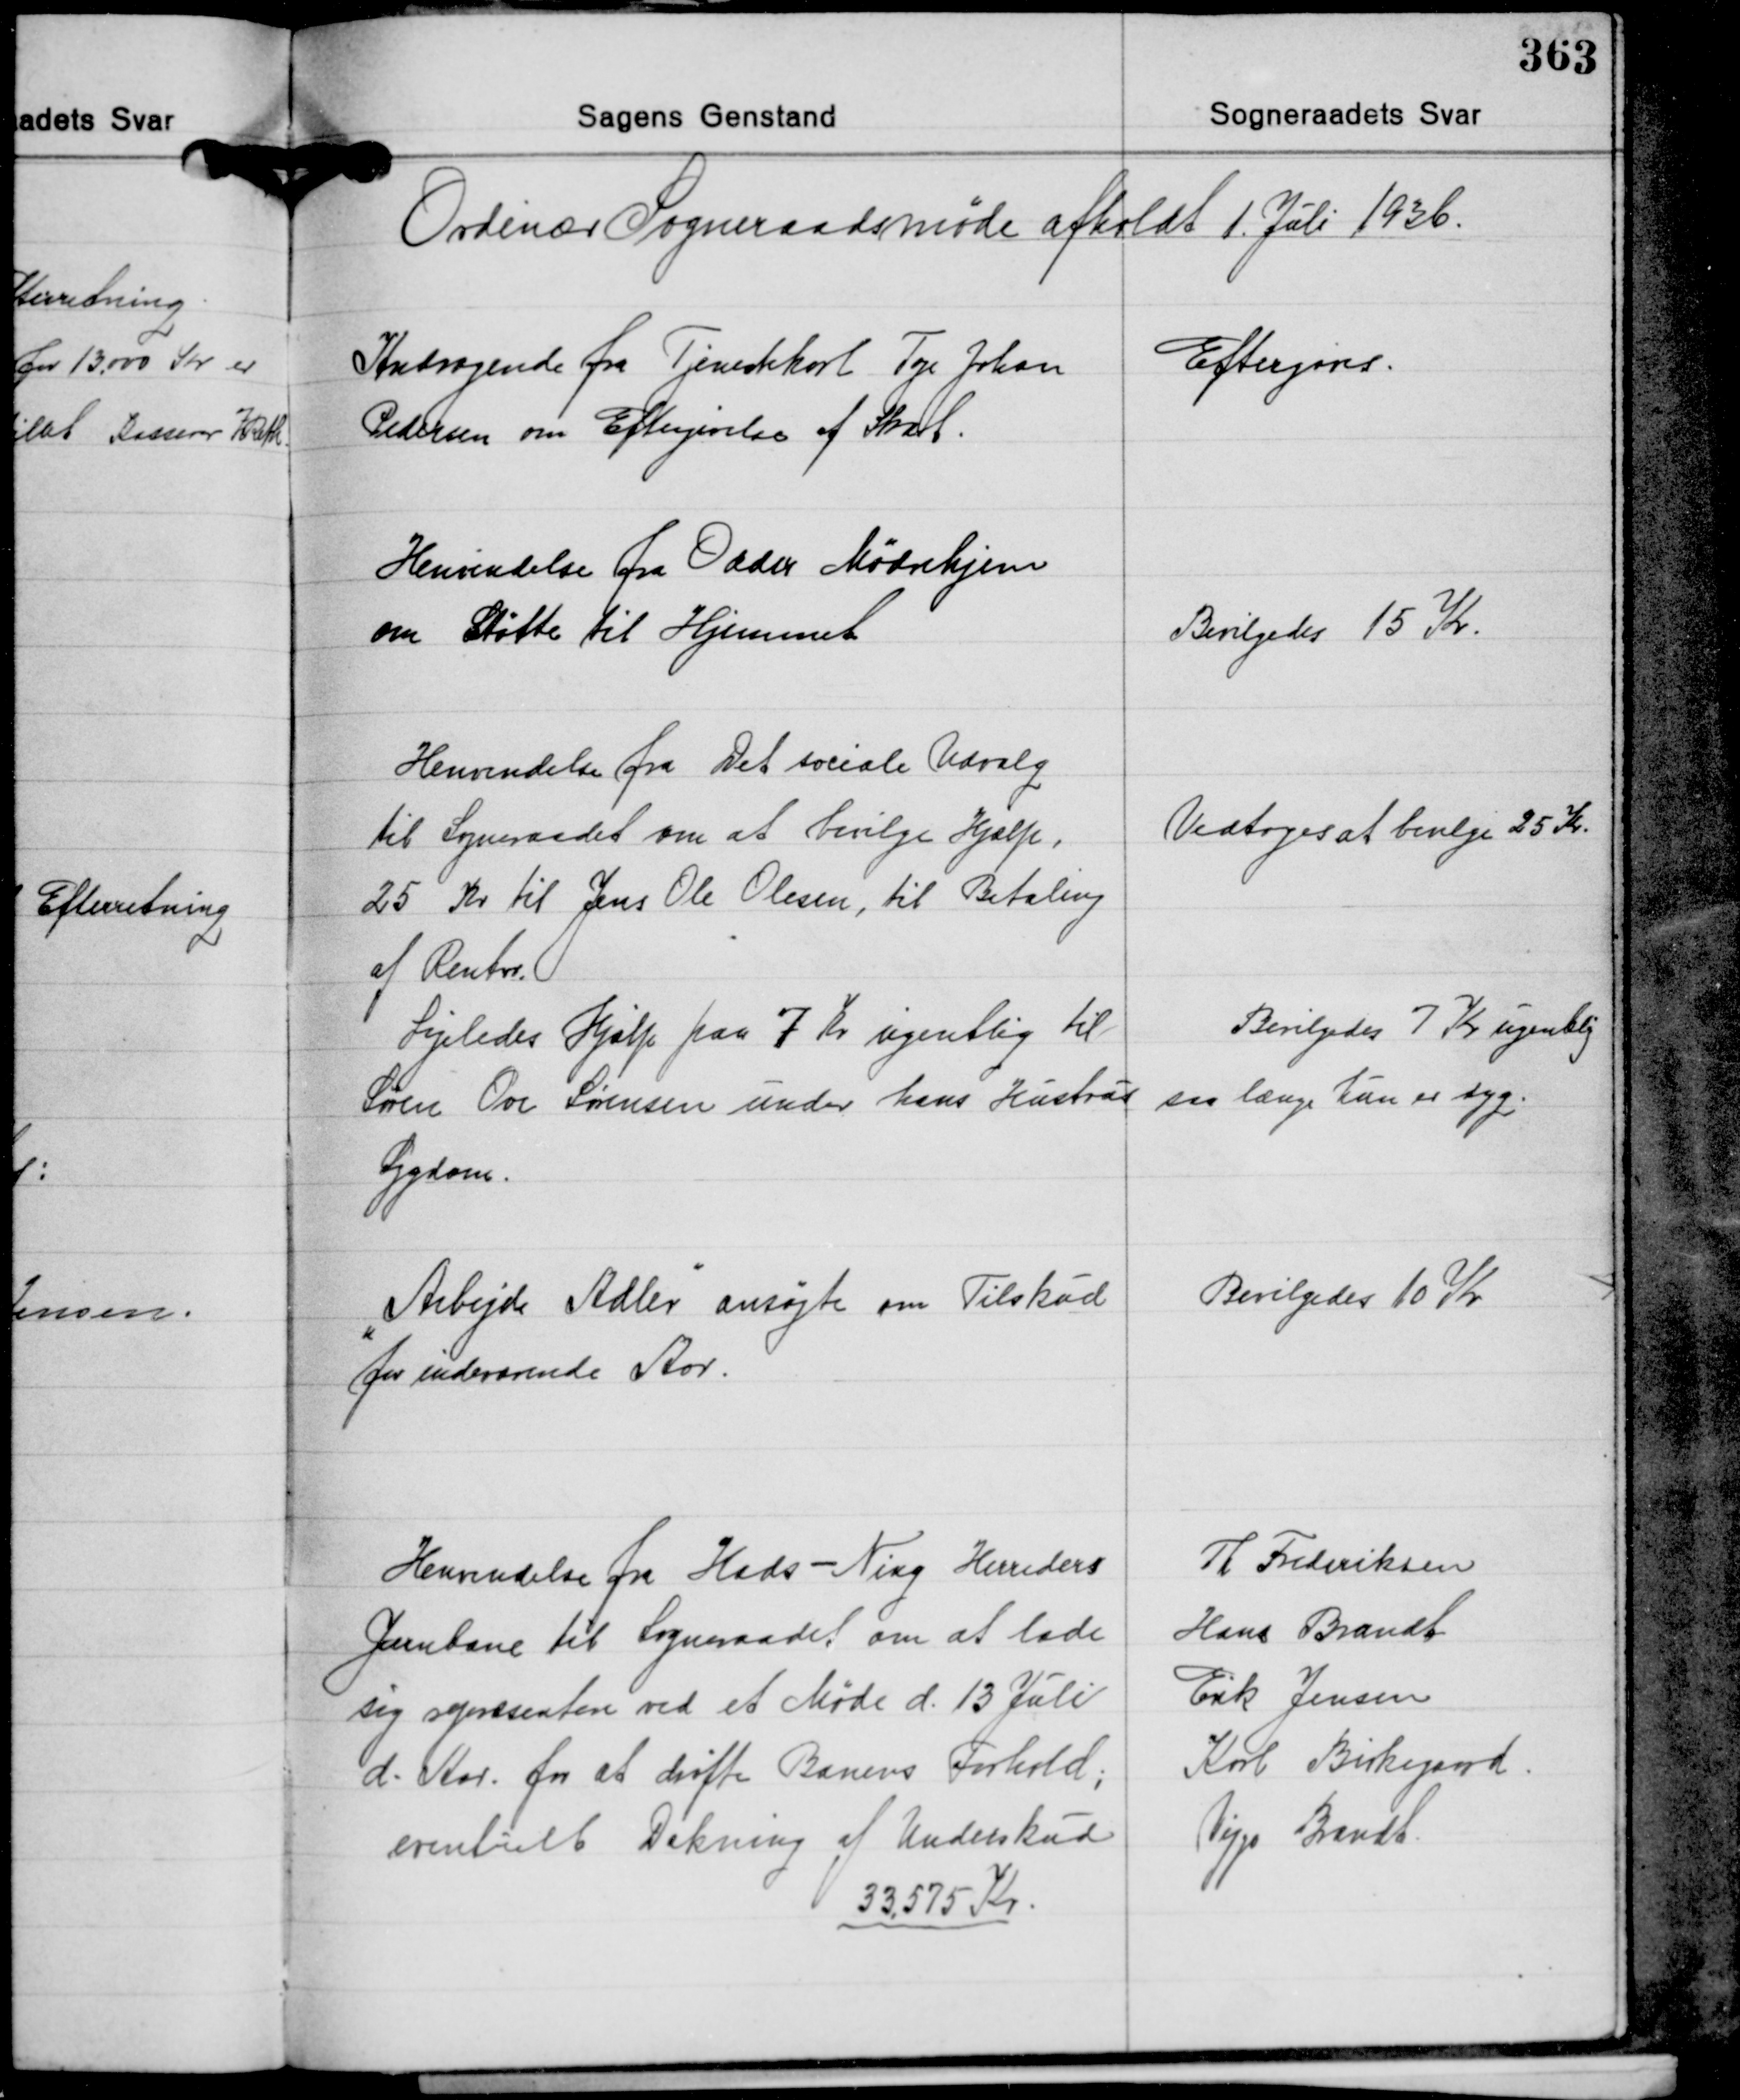
Transskription:
Ordinær Sogneraadsmøde afholdt 1. Juli 1936.

Andragende fra Tjenestekarl Tage Johan
Pedersen om Eftergivelse af Skat.

Eftergives.

Henvendelse fra Odder Mødrehjem
om Støtte til Hjemmet

Bevilgedes 15 Kr.

Henvendelse fra Det sociale Udvalg
til Sogneraadet om at bevilge Hjælp,
25 Kr. til Jens Ole Olesen, til Betaling
af Renter.

Vedtoges at bevige 25 Kr.

Ligeledes Hjælp paa 7 Kr. ugentlig til
Søren Ove Sørensen under hans Hustrus
Sygdom.

Bevilgedes 7 Kr. ugentlig
saa længe hun er syg.

"Arbejde Adler" ansøgte om Tilskud
for indeværende Aar.

Bevilgedes 10 Kr.

Henvendelse fra Hads-Ning Herreders
Jernbane til Sogneraadet om at lade
sig repræsentere ved et Møde d. 13 Juli
d. Aar, for at drøfte Banens Forhold;
eventuelt Dækning af Underskud
33.575 Kr.

Th. Frederiksen
Hans Brandt
Erik Jensen
Karl Birkegaard
Viggo Brandt